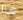
هذا